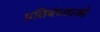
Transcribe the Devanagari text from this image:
प्रतिबंध्ताओ